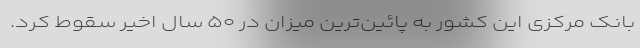
بانک مرکزی این کشور به پائین‌ترین میزان در ۵۰ سال اخیر سقوط کرد.